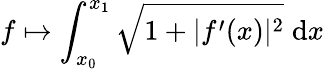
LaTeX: f\mapsto\int_{x_{0}}^{x_{1}}{\sqrt{1+|f^{\prime}(x)|^{2}}}\; \mathrm{d}x